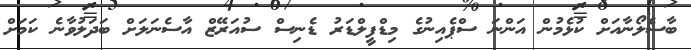
ބާސެލޯނާއަށް ކުޅެމުން އަންނަ ސްޕެއިނުގެ މިޑްފީލްޑަރު ޑެނިސް ސުއަރޭޒް އާސެނަލަށް ބަދަލުވާނެ ކަމަށް